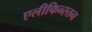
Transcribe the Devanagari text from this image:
एलीफिन्स्तन